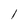
Character: l